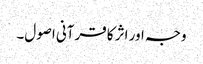
وجہ اور اثر کا قرآنی اصول۔